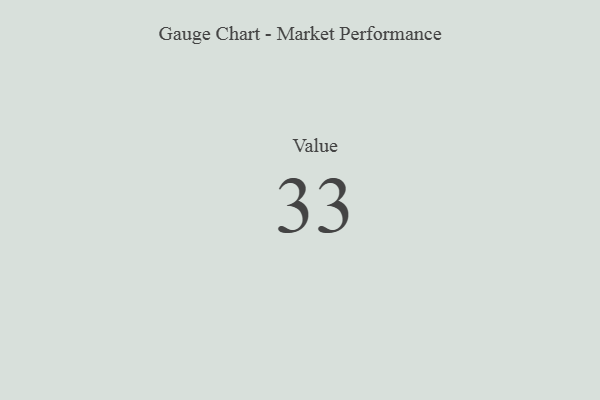
{"axis": {"x": "Metric", "y": "Value"}, "legend": [""], "data": [{"x": "Value", "y": 33, "type": ""}]}